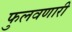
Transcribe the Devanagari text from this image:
फुलवणारी